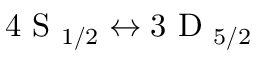
4 \textrm { S } _ { 1 / 2 } \leftrightarrow 3 \textrm { D } _ { 5 / 2 }